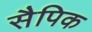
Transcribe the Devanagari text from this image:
सैपिक